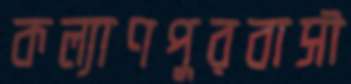
কল্যাণপুরবাসী